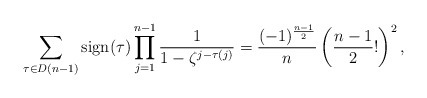
\begin{align*}\sum_{\tau \in D(n-1)} \operatorname{sign}(\tau) \prod_{j=1}^{n-1} \dfrac{1}{1-\zeta^{j-\tau(j)}}=\frac{(-1)^{\frac{n-1}{2}}}{n}\left(\frac{n-1}{2} !\right)^{2} , \end{align*}